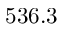
5 3 6 . 3